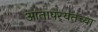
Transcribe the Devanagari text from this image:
आतापर्‍यंतच्या